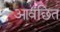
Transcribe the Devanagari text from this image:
आवंछित